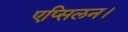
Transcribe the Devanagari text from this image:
एप्सिलन।